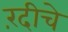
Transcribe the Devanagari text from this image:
रंदीचे